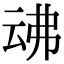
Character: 𠄴